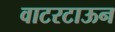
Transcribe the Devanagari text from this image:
वाटरटाऊन